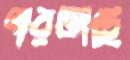
পারতাছে